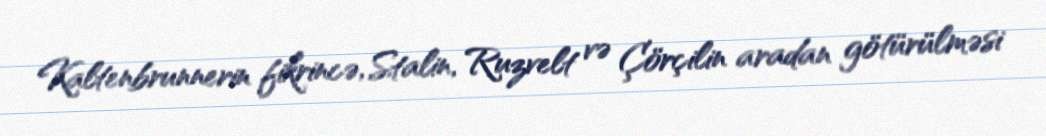
Kaltenbrunnerin fikrincə, Stalin, Ruzvelt və Çörçilin aradan götürülməsi